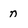
Character: n